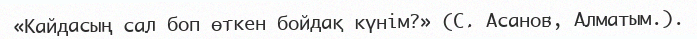
«Кайдасың сал боп өткен бойдақ күнім?» (С. Асанов, Алматым.).